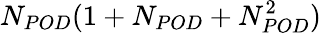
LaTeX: N_{POD}(1+N_{POD}+N_{POD}^{2})